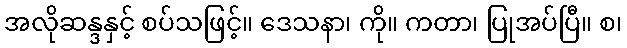
အလိုဆန္ဒနှင့် စပ်သဖြင့်။ ဒေသနာ၊ ကို။ ကတာ၊ ပြုအပ်ပြီ။ စ၊